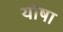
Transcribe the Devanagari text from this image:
योषा